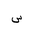
Letter: _sin